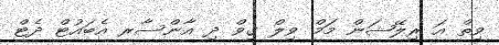
ވިތް އަ ރިލޭޝަން މަމް ވިލް ގިވް ދި އާންސާރ އެބައުޓް ދެޓް